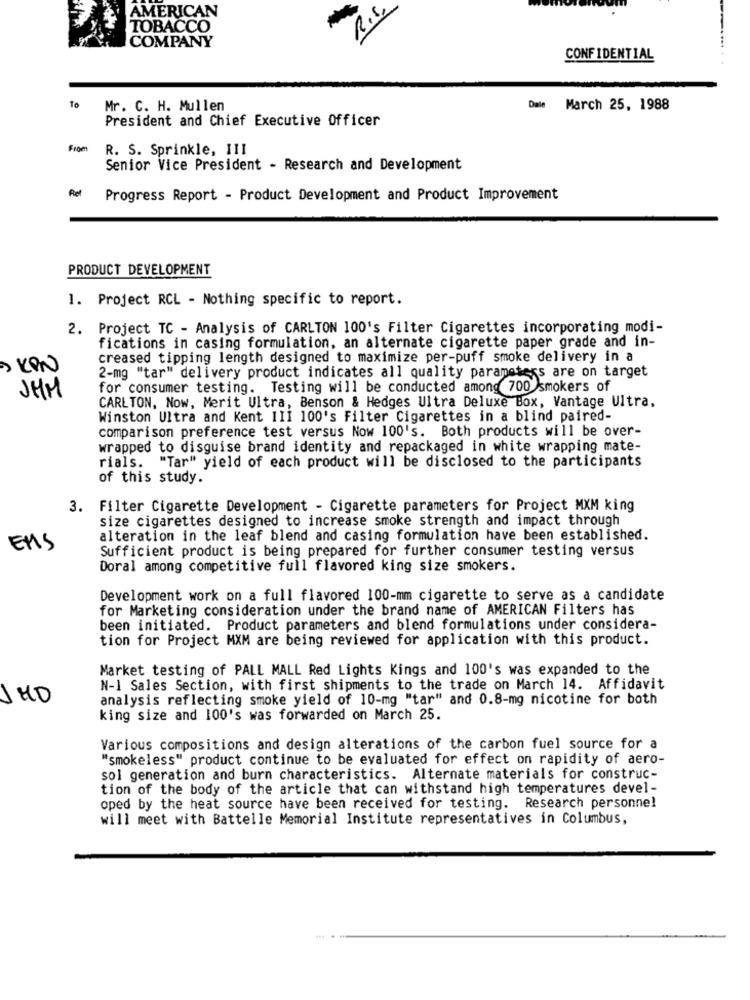
R.S.
AMERICAN
TOBACCO
COMPANY
CONFIDENTIAL
To
Mr. C. H. Mullen
Dale March 25, 1988
President and Chief Executive Officer
From
R. S. Sprinkle, III
Senior Vice President - Research and Development
Progress Report - Product Development and Product Improvement
PRODUCT DEVELOPMENT
1. Project RCL - Nothing specific to report.
2. Project TC - Analysis of CARLTON 100's Filter Cigarettes incorporating modi-
fications in casing formulation, an alternate cigarette paper grade and in-
creased tipping length designed to maximize per-puff smoke delivery in a
KPN
2-mg "tar" delivery product indicates all quality parameters are on target
for consumer testing. Testing will be conducted among 700 smokers of
JHM
CARLTON, Now, Merit Ultra, Benson & Hedges Ultra Deluxe Box, Vantage Ultra,
Winston Ultra and Kent III 100's Filter Cigarettes in a blind paired-
comparison preference test versus Now 100's. Both products will be over-
wrapped to disguise brand identity and repackaged in white wrapping mate-
rials. "Tar" yield of each product will be disclosed to the participants
of this study.
3. Filter Cigarette Development - Cigarette parameters for Project MXM king
size cigarettes designed to increase smoke strength and impact through
alteration in the leaf blend and casing formulation have been established.
ENS
Sufficient product is being prepared for further consumer testing versus
Doral among competitive full flavored king size smokers.
Development work on a full flavored 100-mm cigarette to serve as a candidate
for Marketing consideration under the brand name of AMERICAN Filters has
been initiated. Product parameters and blend formulations under considera-
tion for Project MXM are being reviewed for application with this product.
Market testing of PALL MALL Red Lights Kings and 100's was expanded to the
N-1 Sales Section, with first shipments to the trade on March 14. Affidavit
JHD
analysis reflecting smoke yield of 10-mg "tar" and 0.8-mg nicotine for both
king size and 100's was forwarded on March 25.
Various compositions and design alterations of the carbon fuel source for a
"smokeless" product continue to be evaluated for effect on rapidity of aero-
sol generation and burn characteristics. Alternate materials for construc-
tion of the body of the article that can withstand high temperatures devel-
oped by the heat source have been received for testing. Research personnel
will meet with Battelle Memorial Institute representatives in Columbus,